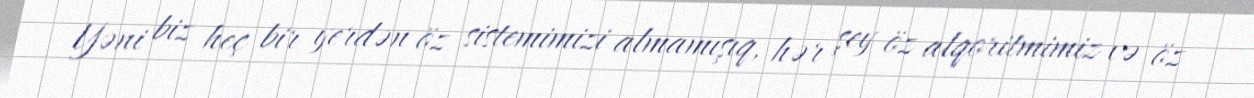
Yəni biz heç bir yerdən öz sistemimizi almamışıq, hər şey öz alqoritmimiz və öz